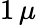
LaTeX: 1\, \mu